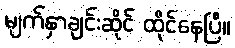
မျက်နှာချင်းဆိုင် ထိုင်နေပြီ။